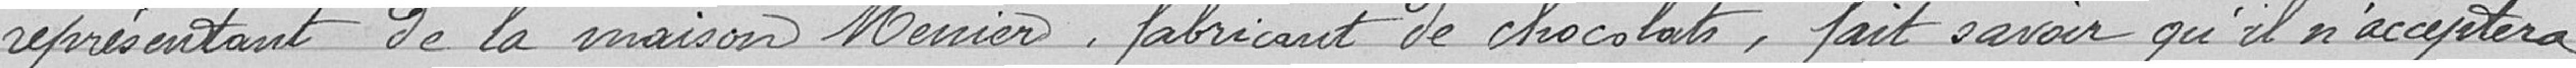
représentant de la maison MEUNIER, fabricant de chocolats, fait savoir qu'il n'acceptera